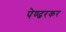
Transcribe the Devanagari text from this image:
पेण्ढरकर